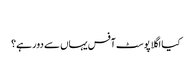
‬
‫کیا اگلا پوسٹ آفس یہاں سے دور ہے؟